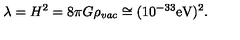
\lambda = H ^ { 2 } = 8 \pi G \rho _ { \it v a c } \cong ( 1 0 ^ { - 3 3 } \mathrm { e V ) ^ { 2 } . }